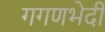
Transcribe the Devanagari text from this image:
गगणभेदी